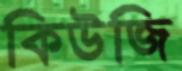
কিউজি